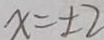
x = \pm 2